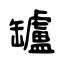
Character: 罏